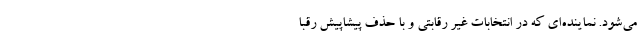
می‌شود. نماینده‌ای که در انتخابات غیر رقابتی و با حذف پیشاپیش رقبا